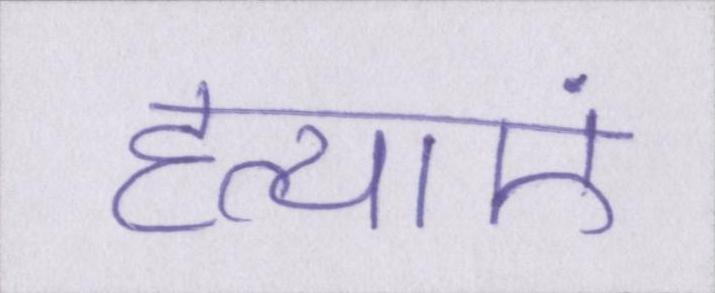
हत्याएं